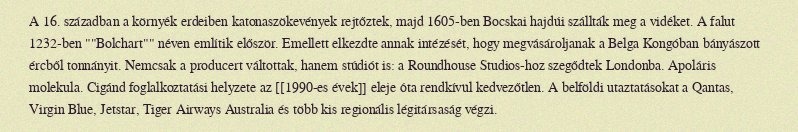
A 16. században a környék erdeiben katonaszökevények rejtőztek, majd 1605-ben Bocskai hajdúi szállták meg a vidéket. A falut 1232-ben ""Bolchart"" néven említik először. Emellett elkezdte annak intézését, hogy megvásároljanak a Belga Kongóban bányászott ércből tonnányit. Nemcsak a producert váltottak, hanem stúdiót is: a Roundhouse Studios-hoz szegődtek Londonba. Apoláris molekula. Cigánd foglalkoztatási helyzete az [[1990-es évek]] eleje óta rendkívül kedvezőtlen. A belföldi utaztatásokat a Qantas, Virgin Blue, Jetstar, Tiger Airways Australia és több kis regionális légitársaság végzi.